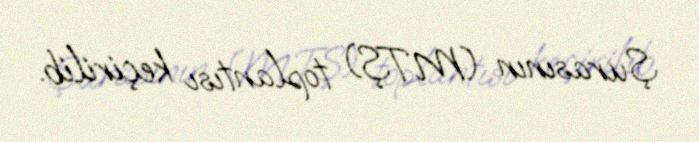
Şurasının (MTŞ) toplantısı keçirilib.